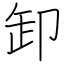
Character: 卸